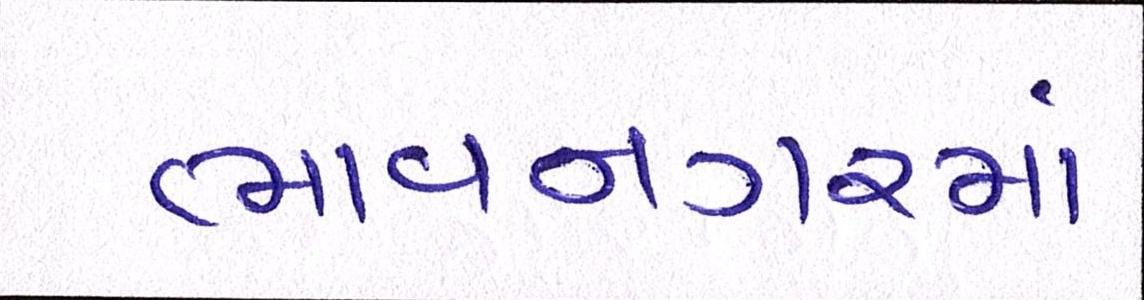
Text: ભાવનગરમાં